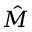
\hat { M }